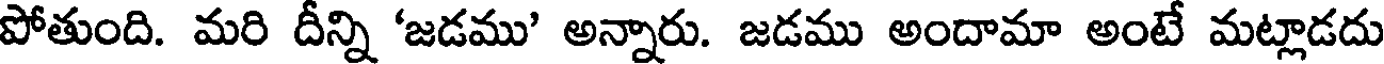
పోతుంది. మరి దీన్ని 'జడము' అన్నారు. జడము అందామా అంటే మట్లాడదు